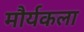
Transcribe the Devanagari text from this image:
मौर्यकला